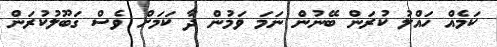
ކަމެއް ހައްލު ކުރަން ބޭނުން ނަމަ ވަމުން ދާ ކަމަށް ވެސް ގަބޫލުކުރަން